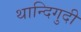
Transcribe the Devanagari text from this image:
थान्दिगुदी